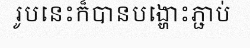
រូបនេះក៏បានបង្ហោះភ្ជាប់